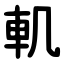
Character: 䡄